Annual statistical returns and brief notes on vaccination in Bengal - 1887-1898
Year: 1887
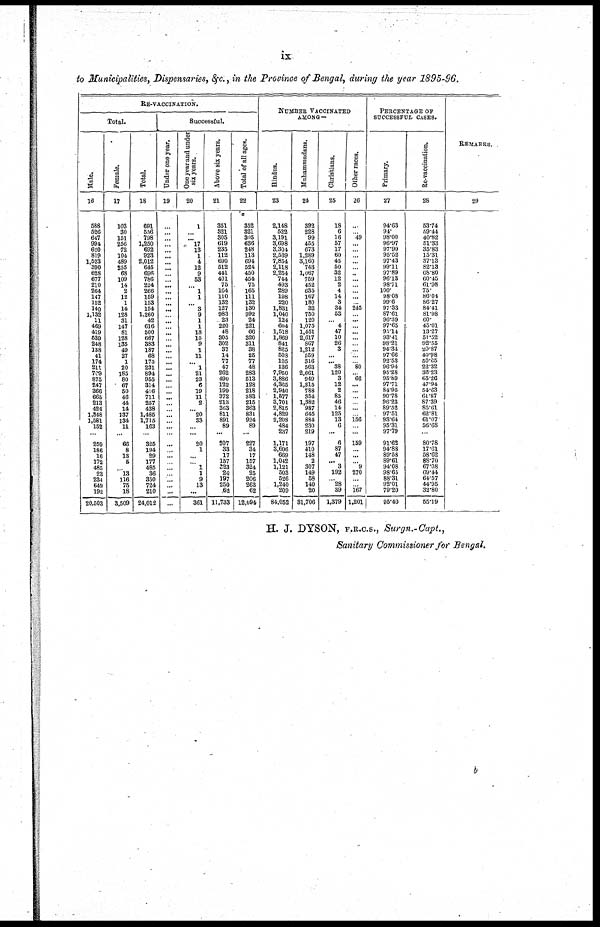
ix
to Municipalities, Dispensaries, &c., in the Province of Bengal, during the year 1895-96.
RE-VACCINATION.
Total.
Male.
16
588
526
647
994
620
819
1,523
390
628
677
210
264
147
152
140
1,132
11
469
419
539
248
138
41
174
211
709
875
247
366
665
213
424
1,348
1,581
152
...
259
186
16
172
485
23
234
649
192
20,503
Female.
17
103
30
151
256
72
104
489
255
68
109
14
2
12
1
14
128
31
147
81
128
135
49
27
1
20
185
80
67
50
46
44
14
137
134
11
...
66
8
13
5
...
13
116
75
18
3,509
Total.
18
691
556
798
1,250
692
923
2,012
645
696
786
224
266
159
153
154
1,260
42
616
500
667
383
187
68
175
231
894
955
314
416
711
257
438
1,486
1,715
163
...
325
194
29
177
485
36
350
724
210
24,012
Successful.
Under one year.
19
...
...
...
...
...
...
...
...
...
...
...
...
...
...
...
...
...
...
...
...
...
...
...
...
...
...
...
...
...
...
...
...
...
...
...
...
...
...
...
...
...
...
...
...
...
...
One year and under
six years.
20
1
...
...
17
13
1
4
12
9
53
...
1
1
...
3
9
1
1
18
15
9
1
11
...
1
21
23
6
19
11
2
...
20
33
...
...
20
1
...
...
1
1
9
13
...
361
Above six years.
21
351
321
305
619
235
112
690
512
441
401
75
164
110
132
127
983
23
220
48
305
302
37
14
77
47
262
490
122
199
372
213
363
811
891
89
...
207
33
17
157
523
24
197
250
62
11,733
Total of all ages.
22
352
321
305
636
248
113
694
524
450
454
75
165
111
132
130
992
24
221
66
320
311
38
25
77
48
283
513
128
218
383
215
363
831
924
89
...
227
34
17
157
324
25
206
263
62
12,094
NUMBER VACCINATED
AMONG—
Hindus.
23
2,148
522
3,191
3,698
3,304
2,539
7,854
2,118
2,254
744
493
289
198
220
1,831
1,040
124
604
1,518
1,869
841
825
503
105
136
7,960
3,886
4,365
2,940
1,577
3,701
2,815
4,829
2,208
484
237
1,171
3,606
669
1,042
1,121
503
526
1,240
209
84,052
Muhammadans.
24
392
228
99
455
673
1,289
3,160
743
1,067
759
452
635
167
180
32
750
120
1,075
1,451
2,617
867
1,212
559
316
563
2,661
949
1,315
788
354
1,382
987
645
884
230
219
197
410
148
2
307
149
58
140
20
31,706
Christians.
25
18
6
16
57
17
60
45
50
32
12
2
4
14
3
34
53
...
4
47
10
26
3
...
... 38
120
3
12
2
85
46
14
125
13
6
...
6
87
47
... 3
192
... 28
39
1,379
Other races.
26
...
...
49
...
...
...
...
...
...
...
...
...
...
...
245
...
...
...
...
...
...
...
...
...
80
...
66
...
...
...
...
...
...
156
...
...
159
...
...
... 9
270
...
...
167
1,201
PERCENTAGE OF
SUCCESSFUL CASES.
Primary.
27
94.63
94.
98.00
96.97
97.90
95.52
97.43
99.11
97.89
96.13
98.71
100.
98.08
99.6
97.33
87.61
96.39
97.65
95.14
93.41
98.21
94.34
97.66
92.53
96.94
95.28
95.89
97.71
84.95
90.78
96.23
89.52
97.51
93.64
95.31
97.79
91.62
94.88
89.58
89.61
94.08
98.65
88.31
92.01
79.20
95.40
Re-vaccination.
28
53.74
59.44
40.82
51.33
35.83
15.31
37.13
82.13
68.80
60.45
61.98
75.
86.04
86.27
84.41
81.98
60.
45.01
13.27
51.52
92.55
20.87
40.98
50.65
22.32
36.23
65.26
47.94
54.63
61.87
87.39
85.61
62.81
61.07
56.68
...
80.78
17.61
58.62
88.70
67.08
69.44
64.57
44.95
32.80
55.19
REMARKS.
29
...
H. J. DYSON, F.R.C.S., Surgn.-Capt.,
Sanitary Commissioner for Bengal.
b